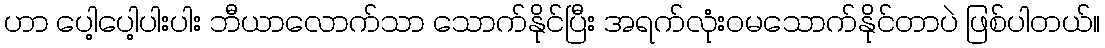
ဟာ ပေါ့ပေါ့ပါးပါး ဘီယာလောက်သာ သောက်နိုင်ပြီး အရက်လုံးဝမသောက်နိုင်တာပဲ ဖြစ်ပါတယ်။